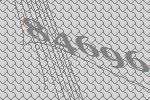
84696